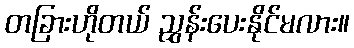
တခြားဟိုတယ် ညွှန်းပေးနိုင်မလား။